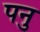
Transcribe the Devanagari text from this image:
पनु